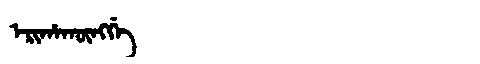
Manchu: ᡝᡵᡳᡥᠠᡴᡡᠩᡤᡝ
Romanization: ERIHAKŪNGGE